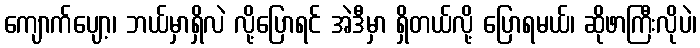
ကျောက်ပျော့၊ ဘယ်မှာရှိလဲ လို့ပြောရင် အဲဒီမှာ ရှိတယ်လို့ ပြောရမယ်၊ ဆိုဖာကြီးလိုပဲ၊